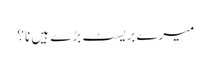
میرے بریسٹ بڑے ہیں نا؟